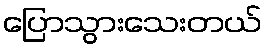
ပြောသွားသေးတယ်